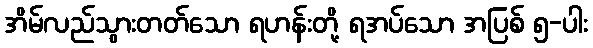
အိမ်လည်သွားတတ်သော ရဟန်းတို့ ရအပ်သော အပြစ် ၅-ပါး